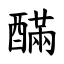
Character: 䤍